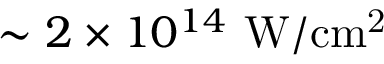
\sim 2 \times 1 0 ^ { 1 4 } \ \mathrm { { W / c m ^ { 2 } } }